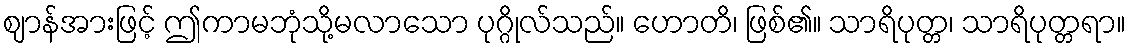
ဈာန်အားဖြင့် ဤကာမဘုံသို့မလာသော ပုဂ္ဂိုလ်သည်။ ဟောတိ၊ ဖြစ်၏။ သာရိပုတ္တ၊ သာရိပုတ္တရာ။